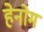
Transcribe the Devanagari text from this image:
हेनोम